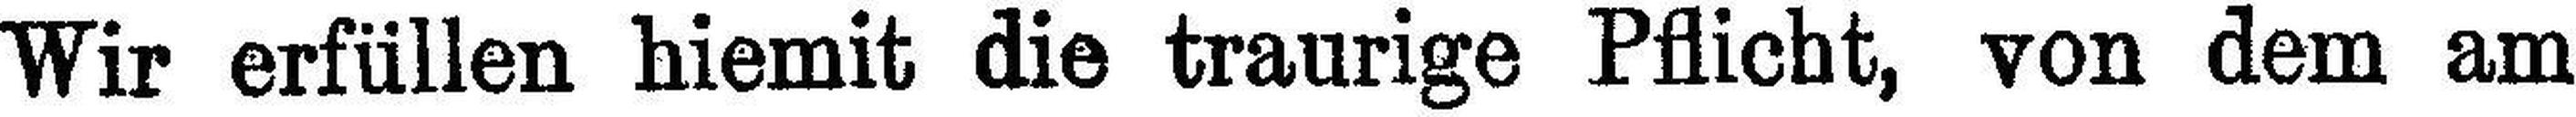
Wir erfüllen hiemit die traurige Pflicht, von dem am